Scottish Leaving Certificate Examination, 1959
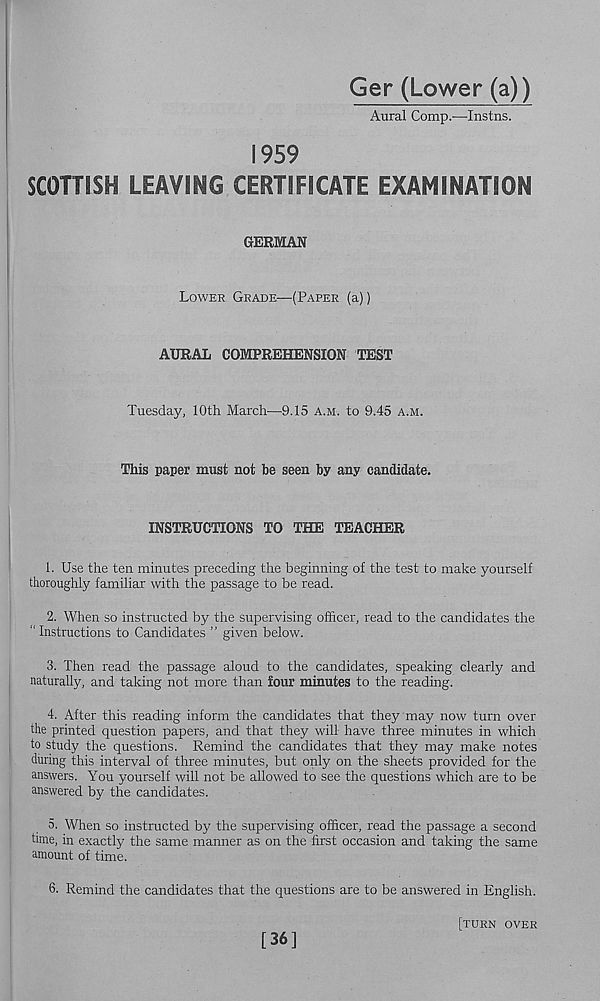
Ger (Lower (a))
Aural Comp.—Instns.
1959
SCOTTISH LEAVING CERTIFICATE EXAMINATION
GERMAN
Lower Grade—(Paper (a))
AURAL COMPREHENSION TEST
Tuesday, 10th March—9.15 a.m. to 9.45 a.m.
This paper must not be seen by any candidate.
INSTRUCTIONS TO THE TEACHER
1. Use the ten minutes preceding the beginning of the test to make yourself
thoroughly familiar with the passage to be read.
2. When so instructed by the supervising officer, read to the candidates the
“ Instructions to Candidates ” given below.
3. Then read the passage aloud to the candidates, speaking clearly and
naturally, and taking not more than four minutes to the reading.
4. After this reading inform the candidates that they may now turn over
the printed question papers, and that they will have three minutes in which
to study the questions. Remind the candidates that they may make notes
during this interval of three minutes, but only on the sheets provided for the
answers. You yourself will not be allowed to see the questions which are to be
answered by the candidates.
5. When so instructed by the supervising officer, read the passage a second
time, in exactly the same manner as on the first occasion and taking the same
amount of time.
6. Remind the candidates that the questions are to be answered in English.
[turn over
[36]